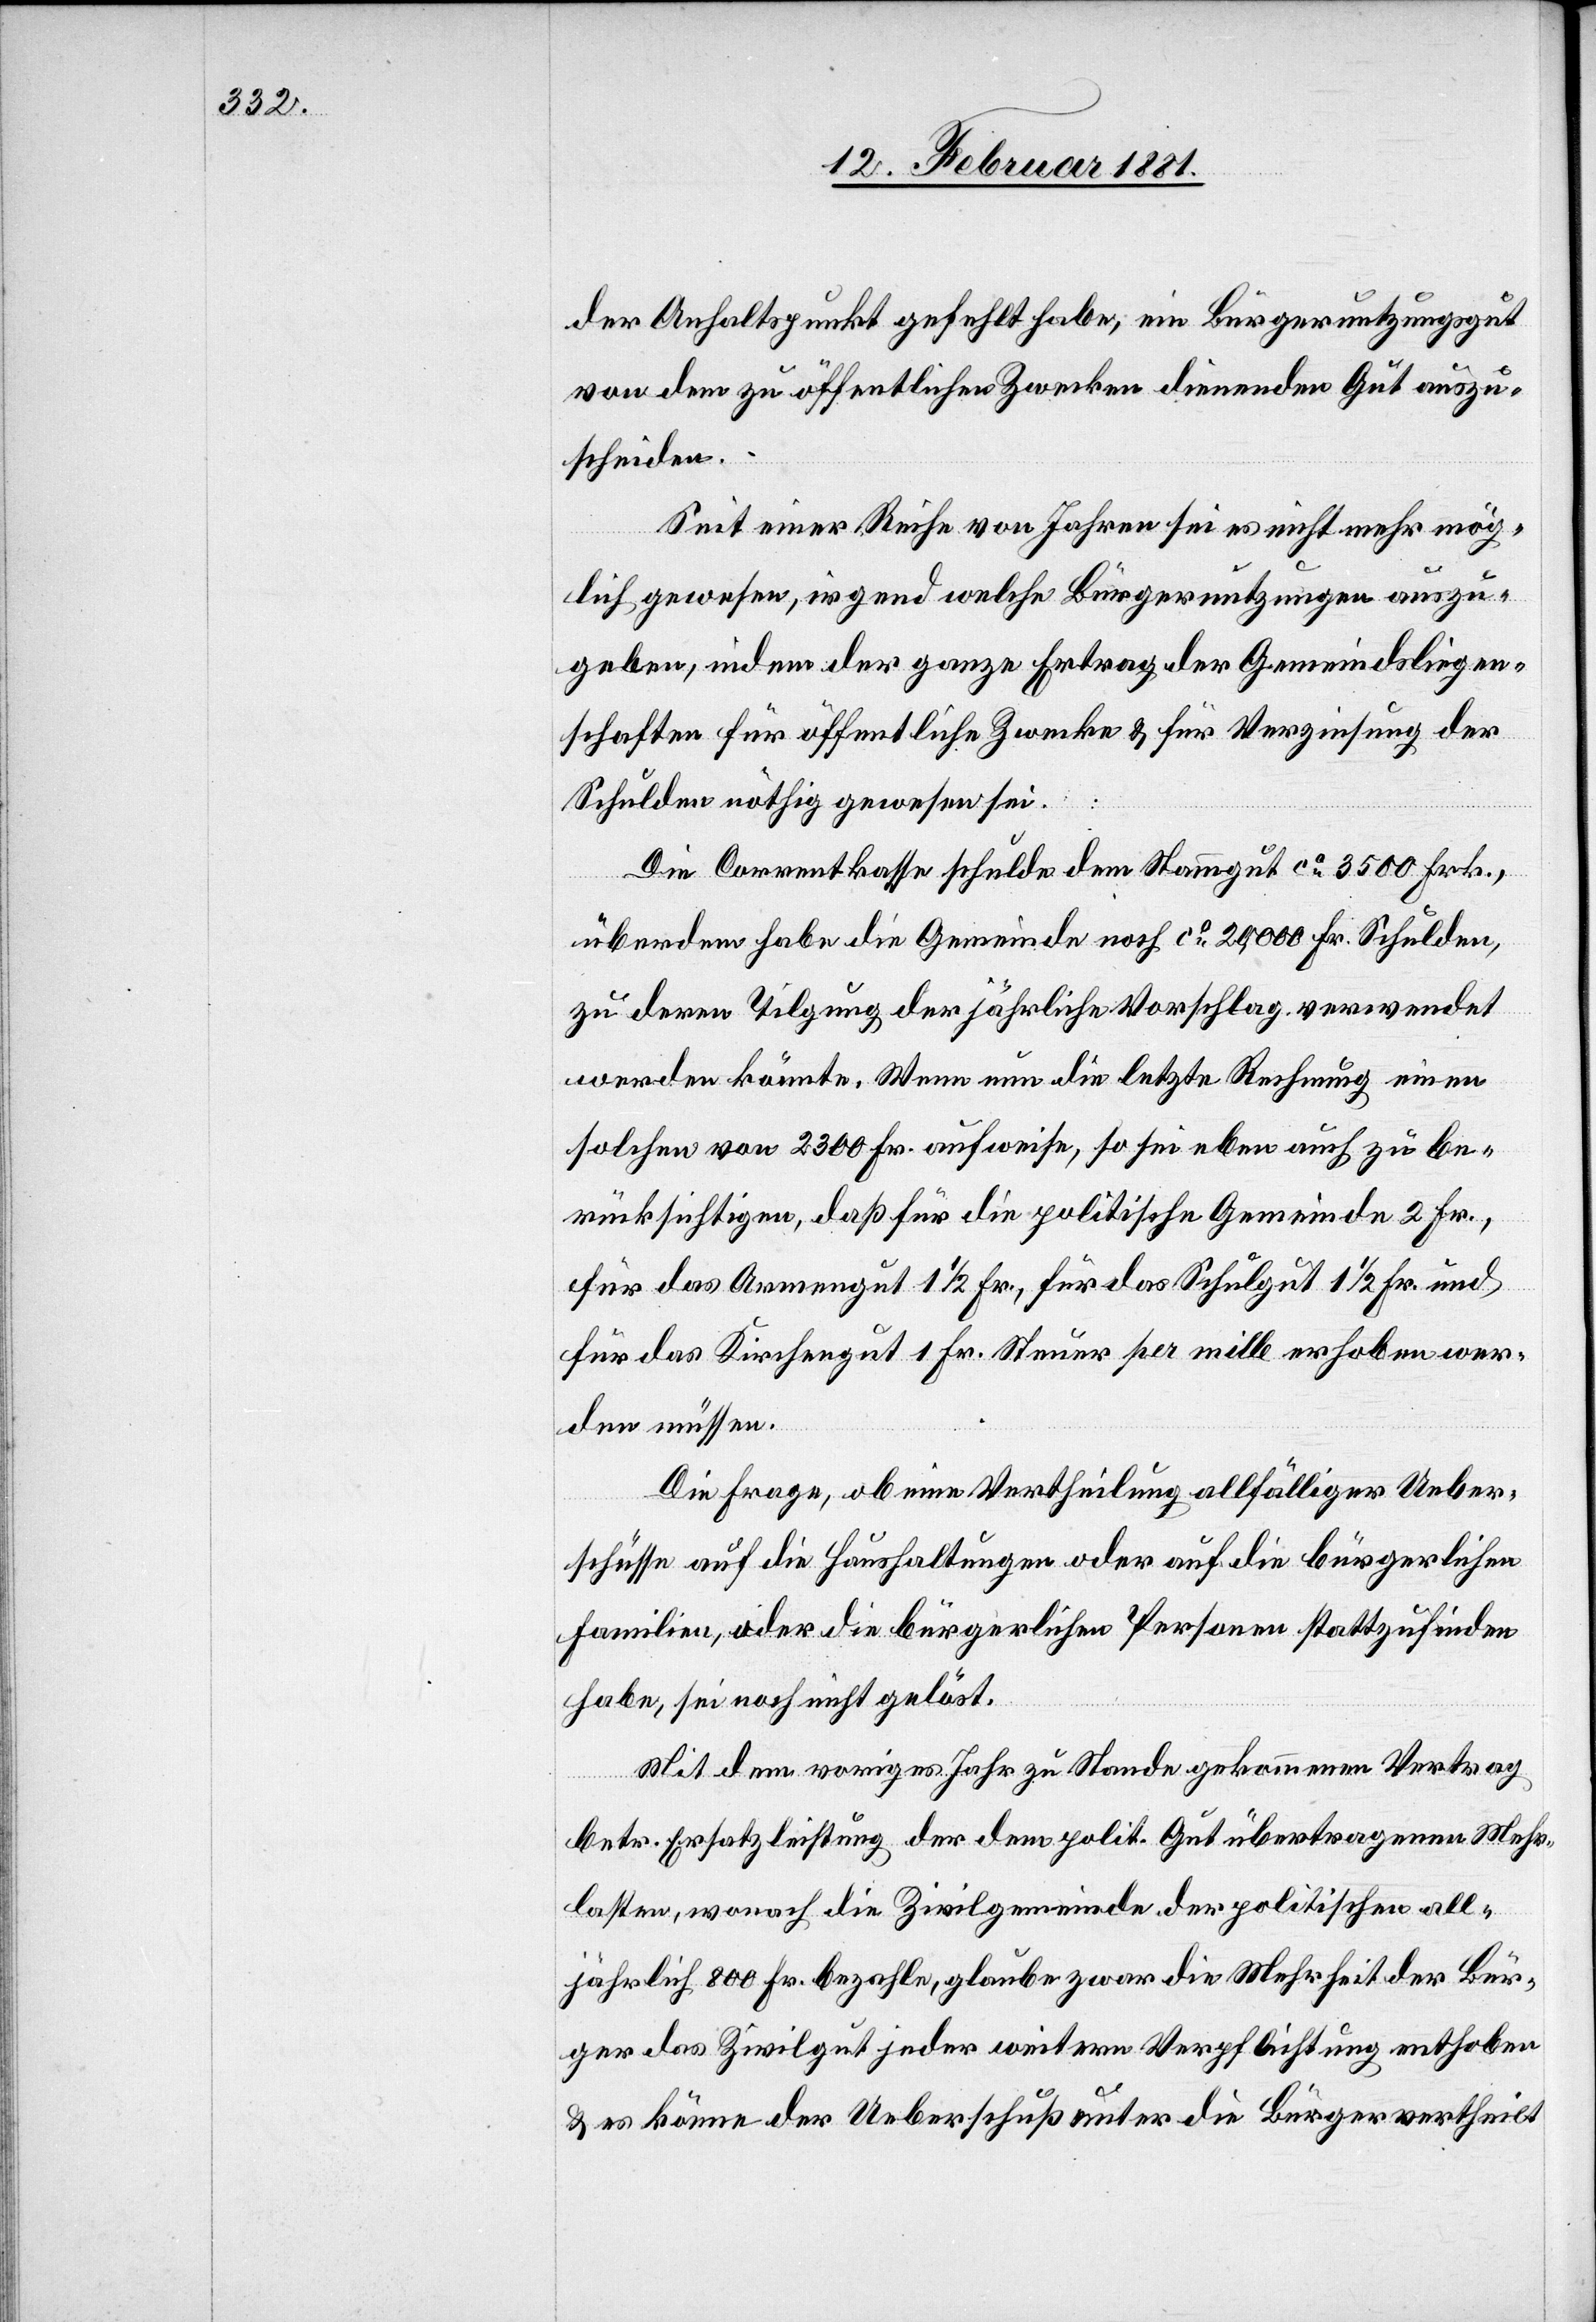
der Anhaltspunkt gefehlt habe, ein Bürgernutzungsgut
von dem zu öffentlichen Zwecken dienenden Gut auszu¬
scheiden.
Seit einer Reihe von Jahren sei es nicht mehr mög¬
lich gewesen, irgend welche Bürgernutzungen auszu¬
geben, indem der ganze Ertrag der Gemeindsliegen¬
schaften für öffentliche Zwecke & für Verzinsung der
Schulden nöthig gewesen sei.
Die Correntkasse schulde dem Stammgut ca 3500 Frk.,
überdem habe die Gemeinde noch ca 20,000 Fr. Schulden,
zu deren Tilgung der jährliche Vorschlag verwendet
werden könnte. Wenn nun die letzte Rechnung einen
solchen von 2300 Fr. aufweise, so sei eben auch zu be¬
rücksichtigen, daß für die politische Gemeinde 2 Fr.,
für das Armengut 1 1/2 Fr., für das Schulgut 1 1/2 Fr. und
für das Kirchengut 1 Fr. per mille erhoben wer¬
den müssen.
Die Frage, ob eine Vertheilung allfälliger Ueber¬
schüsse auf die Haushaltungen oder auf die bürgerlichen
Familien, oder die bürgerlichen Personen stattzufinden
habe, sei noch nicht gelöst.
Mit dem voriges Jahr zu Stande gekommenen Vertrag
betr. Ersatzleistung der dem polit. Gut übertragenen Mehr¬
lasten, wonach die Zivilgemeinde der politischen all¬
jährlich 800 Fr. bezahle, glaube zwar die Mehrheit der Bür¬
ger das Zivilgut jeder weitern Verpflichtung enthoben
& es könne der Ueberschuß unter die Bürger vertheilt